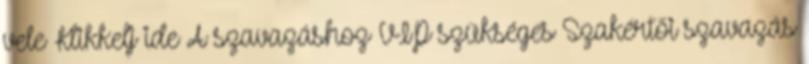
vele Klikkelj ide A szavazáshoz VIP szükséges Szakértői szavazás